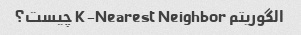
الگوریتم K-Nearest Neighbor چیست؟